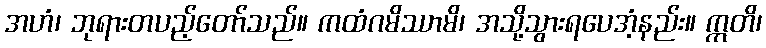
အဟံ၊ ဘုရားတပည့်တော်သည်။ ကထံဂမိဿာမိ၊ အသို့သွားရပေအံ့နည်း။ ဣတိ၊